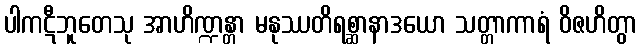
ပါကဋီဘူတေသု အာဟိဏ္ဍန္တာ မနုဿတိရစ္ဆာနာဒယော သတ္တာကာရံ ဝိဇဟိတွာ